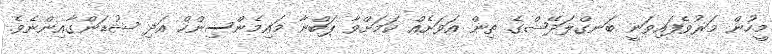
މީހުން މަރުވެފައިވަނީ ބަނގްލަދޭޝްގެ ތިން އަވަށެއް ކަމަށްވާ ޕަބްނާ މައިމެންސިންހް އަދި ޝުޑަންގާއިންނެވެ.